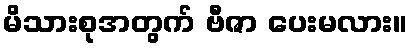
မိသားစုအတွက် ဗီဇာ ပေးမလား။